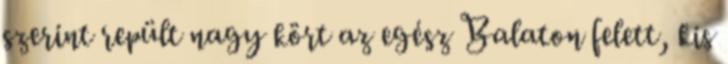
szerint repült nagy kört az egész Balaton felett, kis